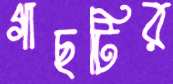
গাছটির